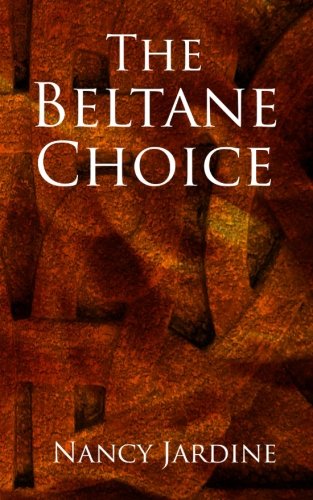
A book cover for The Beltane Choice; Nancy Jardine; Romance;